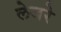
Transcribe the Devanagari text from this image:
लेजरे